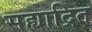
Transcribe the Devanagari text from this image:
सह्याद्रित